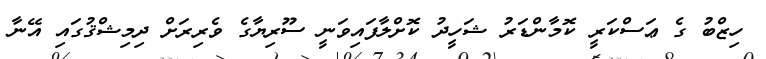
ހިޒްބު ގެ ޢަސްކަރީ ކޮމާންޑަރު ޝަހީދު ކޮށްލާފައިވަނީ ސޫރިޔާގެ ވެރިރަަށް ދިމިޝްޤުގައި އޭނާ